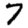
Digit: 7